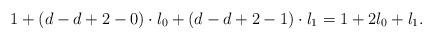
LaTeX: \begin{align*}1 + (d-d+2-0)\cdot l_0 + (d-d+2-1)\cdot l_1 = 1 + 2 l_0 + l_1.\end{align*}